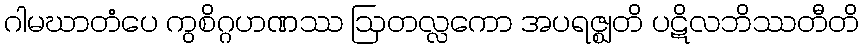
ဂါမဃာတံပေ ကွစိဂ္ဂဟဏဿ ဩတလ္လကော အပရဇ္ဈတိ ပဋိလဘိဿတီတိ